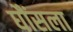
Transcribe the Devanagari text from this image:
घौंसला